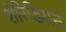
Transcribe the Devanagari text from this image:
शेरिडियन